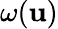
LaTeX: \omega(\mathbf{u})